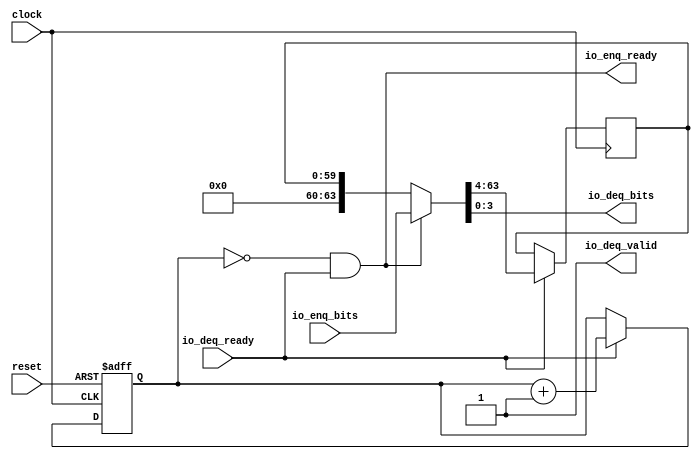
module Funnel_1(
  input         clock,
  input         reset,
  output        io_enq_ready,
  input  [63:0] io_enq_bits,
  input         io_deq_ready,
  output        io_deq_valid,
  output [3:0]  io_deq_bits
);
  reg [59:0] mem; // @[Funnel.scala 32:18]
  wire  _T = io_deq_ready & io_deq_valid; // @[Decoupled.scala 51:35]
  wire [63:0] _mem_T_1 = io_enq_ready ? io_enq_bits : {{4'd0}, mem}; // @[Funnel.scala 34:17]
  reg [3:0] ptr; // @[Counter.scala 61:40]
  wire [3:0] _ptr_wrap_value_T_1 = ptr + 4'h1; // @[Counter.scala 77:24]
  assign io_enq_ready = ptr == 4'h0 & io_deq_ready; // @[Funnel.scala 38:33]
  assign io_deq_valid = 1'h1; // @[Funnel.scala 39:34]
  assign io_deq_bits = _mem_T_1[3:0]; // @[Funnel.scala 40:{70,70}]
  always @(posedge clock) begin
    if (_T) begin // @[Funnel.scala 33:23]
      mem <= _mem_T_1[63:4]; // @[Funnel.scala 34:11]
    end
  end
  always @(posedge clock or posedge reset) begin
    if (reset) begin // @[Counter.scala 136:24]
      ptr <= 4'h0; // @[Counter.scala 77:15]
    end else if (_T) begin // @[Counter.scala 61:40]
      ptr <= _ptr_wrap_value_T_1;
    end
  end
endmodule